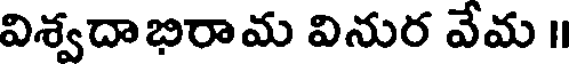
విశ్వదాభిరామ వినుర వేమ ॥